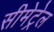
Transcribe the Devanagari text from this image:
सीमेट्रेल